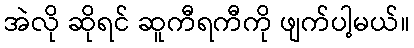
အဲလို ဆိုရင် ဆူကီရကီကို ဖျက်ပါ့မယ်။